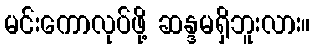
မင်းကောလုပ်ဖို့ ဆန္ဒမရှိဘူးလား။